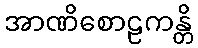
အာဏိစောဠကန္တိ